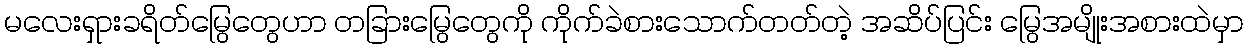
မလေးရှားခရိတ်မြွေတွေဟာ တခြားမြွေတွေကို ကိုက်ခဲစားသောက်တတ်တဲ့ အဆိပ်ပြင်း မြွေအမျိုးအစားထဲမှာ